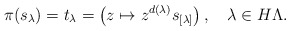
\begin{align*}\pi(s_\lambda)=t_\lambda= \left(z\mapsto z^{d(\lambda)}s_{[\lambda]}\right), \quad\lambda\in H\Lambda.\end{align*}